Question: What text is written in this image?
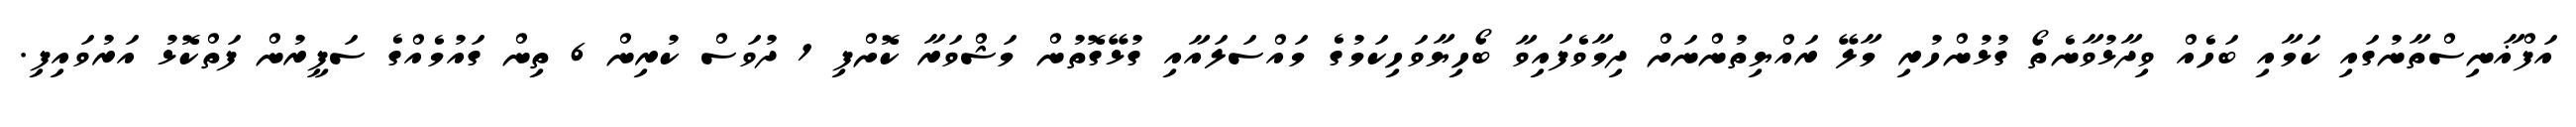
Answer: އަފްޣާނިސްތާނުގައި ކަމާއި ބަހެއް ވިދާޅުވާނެތޯ ގުޅުންހުރި މާލޭ ރައްޔިތުންނަށް ދިމާވެފައިވާ ބޯހިޔާވަހިކަމުގެ މައްސަލައާއި ގުޅޭގޮތުން މަޝްވަރާ ކޮށްފި 1 ދުވަސް ކުރިން 6 ތިން ގައުމެއްގެ ސަފީރުން ފަތްކޮޅު އަރުވައިފި.